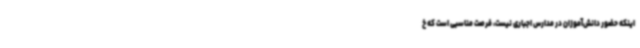
اینکه حضور دانش‌آموزان در مدارس اجباری نیست، فرصت مناسبی است که خ